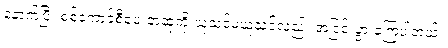
နောက်ပြီး စစ်ကောင်စီပေးတဲ့ဆုကို ယူသင့်မယူသင့်လည်း အငြင်းပွားခဲ့ကြပါတယ်။